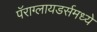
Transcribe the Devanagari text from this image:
पॅराग्लायडर्समध्ये